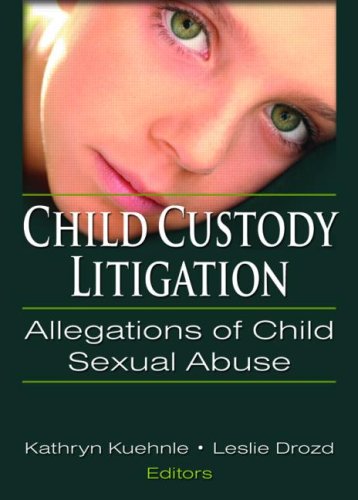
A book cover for Child Custody Litigation: Allegations of Child Sexual Abuse; Law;